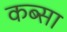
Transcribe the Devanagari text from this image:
कब्सा